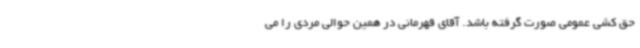
حق کشی عمومی صورت گرفته باشد. آقای قهرمانی در همین حوالی مردی را می